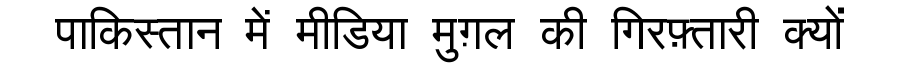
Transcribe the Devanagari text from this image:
पाकिस्तान में मीडिया मुग़ल की गिरफ़्तारी क्यों